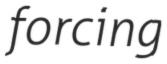
forcing